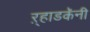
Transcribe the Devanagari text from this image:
ऱ्हाडकॅनी